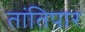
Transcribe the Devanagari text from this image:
तांतिपार